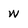
Character: W